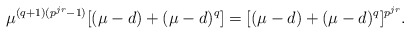
\begin{align*}\mu^{(q+1)(p^{jr}-1)} [(\mu-d)+(\mu-d)^q] = [(\mu-d)+(\mu-d)^q]^{p^{jr}}.\end{align*}